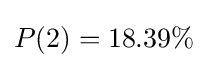
P(2)=18.39\%